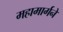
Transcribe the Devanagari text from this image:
महामार्गने